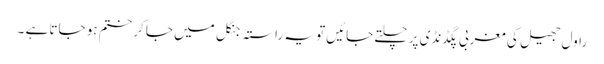
راول جھیل کی مغربی پگڈنڈی پر چلتے جائیں تو یہ راستہ جنگل میں جا کر ختم ہو جاتا ہے ۔